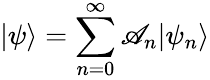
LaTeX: |\psi\rangle=\sum_{n=0}^{\infty}\mathscr{A}_{n}|\psi_{n}\rangle